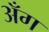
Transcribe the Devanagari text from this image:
अँग